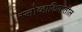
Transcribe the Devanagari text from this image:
स्लोव्हाकियातील